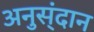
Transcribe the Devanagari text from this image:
अनुस्ंदान